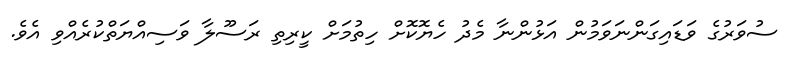
ސުވަރުގެ ވަޑައިގަންނަވަމުން އަޅުންނާ މެދު ހެޔޮކޮށް ހިތުމަށް ކީރިތި ރަސޫލާ ވަސިއްޔަތްކުރެއްވި އެވެ.